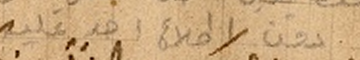
دون اطلاع احد عليه